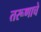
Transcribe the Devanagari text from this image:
तरूणाचे